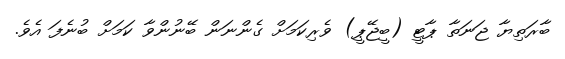
ބާރަތިޔާ ޖަނަތާ ޕާޓީ (ބީޖޭޕީ) ވެރިކަމަށް ގެންނަން ބޭނުންވާ ކަމަށް ބުނެފަ އެވެ.